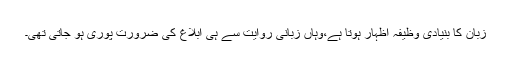
زبان کا بنیادی وظیفہ اظہار ہوتا ہے،وہاں زبانی روایت سے ہی ابلاغ کی ضرورت پوری ہو جاتی تھی۔